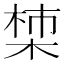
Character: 𪲳